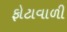
ફોટાવાળી